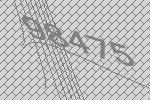
98475